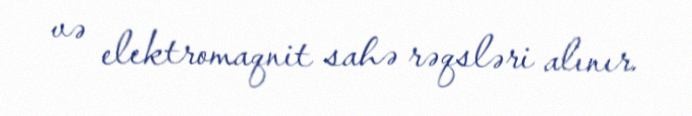
və elektromaqnit sahə rəqsləri alınır.